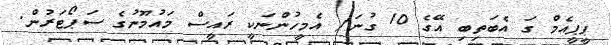
ޕީޕީއެމް ގަ އެބަތިބި އޭގެ 10 ގުނަ/ އެމީހުންނަކީ ރައީސް މައުމޫނުގެ ސަޕޯޓަރުން.